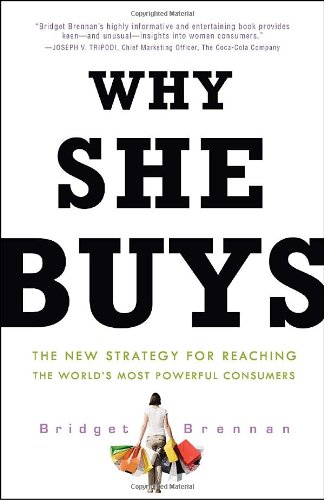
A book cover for Why She Buys: The New Strategy for Reaching the World's Most Powerful Consumers; Bridget Brennan; Business & Money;